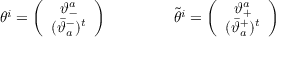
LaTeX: \begin{array} { c c } { { \theta ^ { i } = \left( \begin{array} { c } { { \vartheta _ { - } ^ { a } } } \\ { { ( \bar { \vartheta } _ { a } ^ { - } ) ^ { t } } } \end{array} \right) ~ ~ ~ ~ ~ } } & { { ~ ~ ~ ~ ~ \tilde { \theta } ^ { i } = \left( \begin{array} { c } { { \vartheta _ { + } ^ { a } } } \\ { { ( \bar { \vartheta } _ { a } ^ { + } ) ^ { t } } } \end{array} \right) } } \end{array}